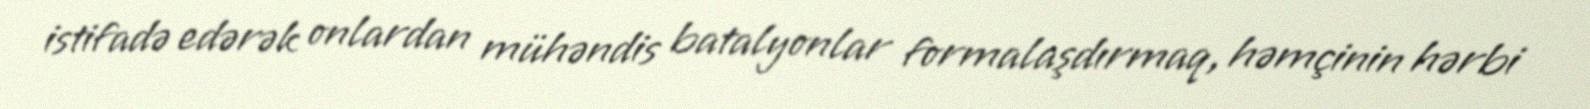
istifadə edərək onlardan mühəndis batalyonlar formalaşdırmaq, həmçinin hərbi